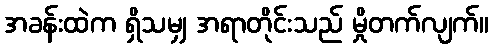
အခန်းထဲက ရှိသမျှ အရာတိုင်းသည် မှိုတက်လျက်။